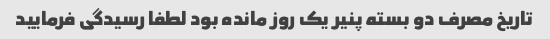
تاریخ مصرف دو بسته پنیر یک روز مانده بود لطفا رسیدگی فرمایید